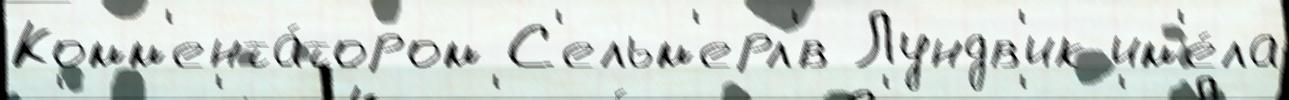
Комм'ента́тором С'ельм'ерл'́в Лундв'ик им'е́ла